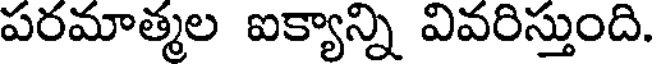
పరమాత్మల ఐక్యాన్ని వివరిస్తుంది.